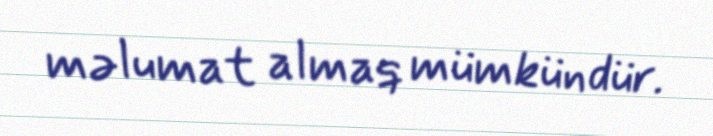
məlumat almaq mümkündür.